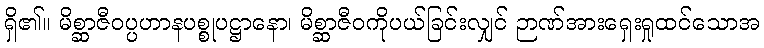
ရှိ၏။ မိစ္ဆာဇီဝပ္ပဟာနပစ္စုပဋ္ဌာနော၊ မိစ္ဆာဇီဝကိုပယ်ခြင်းလျှင် ဉာဏ်အားရှေးရှုထင်သောအ